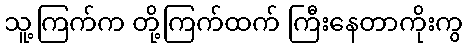
သူ့ကြက်က တို့ကြက်ထက် ကြီးနေတာကိုးကွ